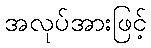
အလုပ်အားဖြင့်